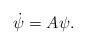
LaTeX: \begin{align*}\dot{\psi}=A\psi.\end{align*}